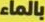
بالماء